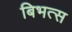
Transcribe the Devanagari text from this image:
बिभत्स